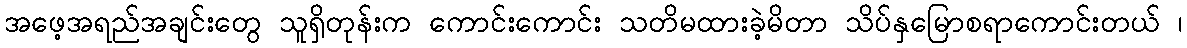
အဖေ့အရည်အချင်းတွေ သူရှိတုန်းက ကောင်းကောင်း သတိမထားခဲ့မိတာ သိပ်နှမြောစရာကောင်းတယ် ၊